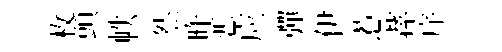
枚頭帙然昨恶应彈伊惹蓀序